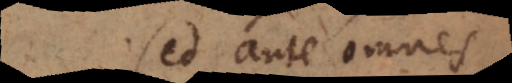
Sed ante omnes